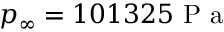
p _ { \infty } = 1 0 1 3 2 5 \mathrm { ~ P ~ a ~ }